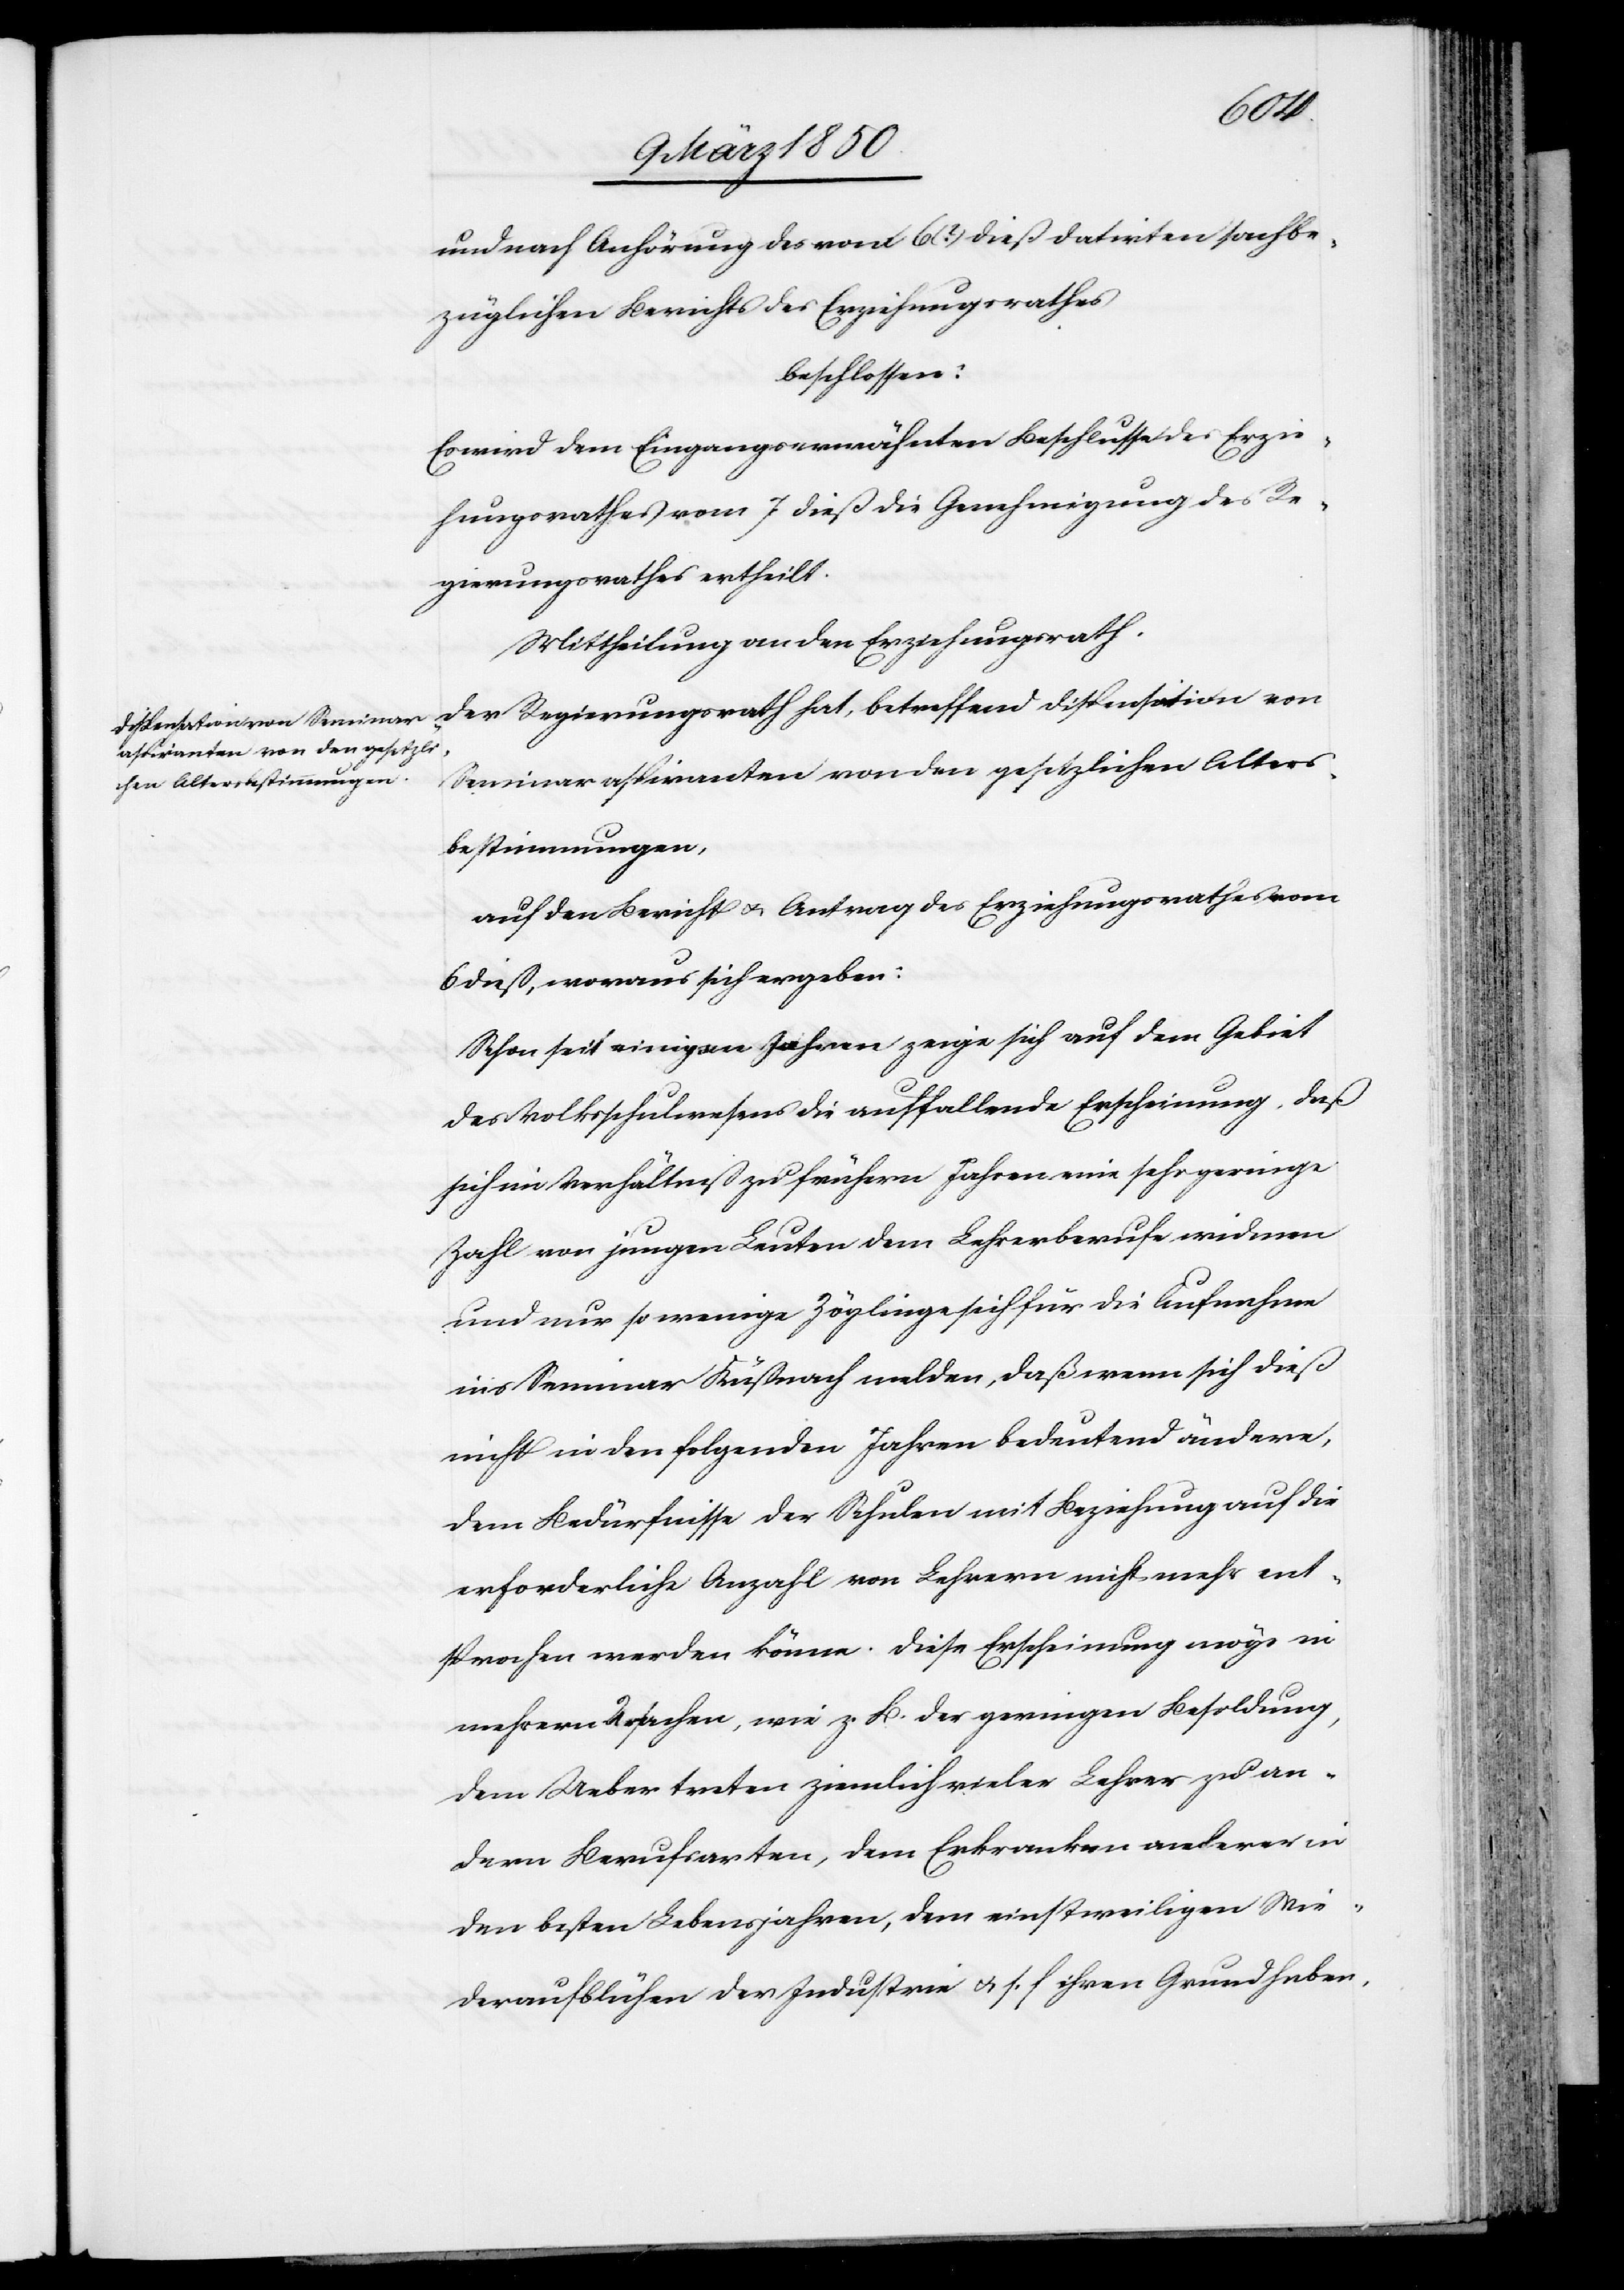
und nach Anhörung des vom 6(?) dieß datirten sachbe¬
züglichen Berichts des Erziehungsrathes
Regierungsrathes ertheilt.
Mittheilung an den Erziehungsrath.
Der Regierungsrath hat, betreffend Dispensation von
Seminaraspiranten von den gesetzlichen Alters¬
bestimmungen,
auf den Bericht u. Antrag des Erziehungsrathes vom
6 dieß, woraus sich ergeben:
Schon seit einigen Jahren zeige sich auf dem Gebiet
des Volksschulwesens die auffallende Erscheinung, daß
sich im Verhältniß zu frühern Jahren eine sehr geringe
Zahl von jungen Leuten dem Lehrerberufe widmen
und nur so wenige Zöglinge sich für die Aufnahme
ins Seminar Küßnach[t] melden, daß wenn sich dieß
nicht in den folgenden Jahren bedeutend ändere,
dem Bedürfnisse der Schulen mit Beziehung auf die
erforderliche Anzahl von Lehrern nicht mehr ent¬
sprochen werden könne. Diese Erscheinung möge in
mehrern Ursachen, wie z. B. der geringen Besoldung,
dem Uebertreten ziemlich vieler Lehrer zu an¬
dern Berufsarten, dem Erkranken anderer in
den besten Lebensjahren, dem einstweiligen Wie¬
deraufblühen der Industrie u. s. f. ihren Grund haben,